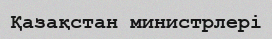
Қазақстан министрлері